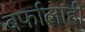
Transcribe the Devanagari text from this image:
बर्फालाही